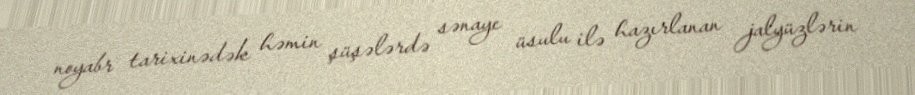
noyabr tarixinədək həmin şüşələrdə sənaye üsulu ilə hazırlanan jalyüzlərin